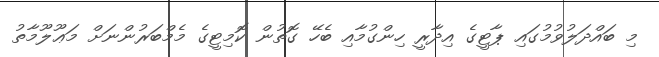
މި ބައްދަލުވުމުގައި ޕާޓީގެ އިދާރީ ހިންގުމާއި ބެހޭ ގޮތުން ކޮމިޓީގެ މެމްބަރުންނަށް މަޢޫލޫމާތު